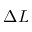
\Delta L